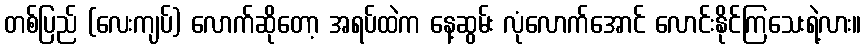
တစ်ပြည် (လေးကျပ်) လောက်ဆိုတော့ အရပ်ထဲက နေ့ဆွမ်း လုံလောက်အောင် လောင်းနိုင်ကြသေးရဲ့လား။